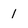
Character: 1